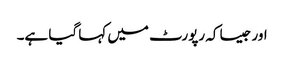
اور جیسا کہ رپورٹ میں کہا گیا ہے۔